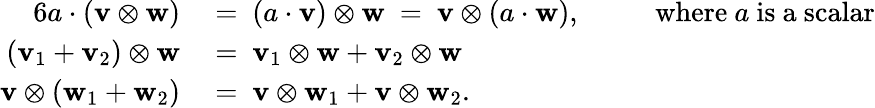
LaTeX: {\begin{array}{rlrl}{{6}a\cdot(\mathbf{v}\otimes\mathbf{w})~}&{=~(a\cdot\mathbf{v})\otimes\mathbf{w}~=~\mathbf{v}\otimes(a\cdot\mathbf{w}),}&&{~~{\mathrm{~where~}}a{\mathrm{~is~a~scalar}}}\\ {(\mathbf{v}_{1}+\mathbf{v}_{2})\otimes\mathbf{w}~}&{=~\mathbf{v}_{1}\otimes\mathbf{w}+\mathbf{v}_{2}\otimes\mathbf{w}}&&{}\\ {\mathbf{v}\otimes(\mathbf{w}_{1}+\mathbf{w}_{2})~}&{=~\mathbf{v}\otimes\mathbf{w}_{1}+\mathbf{v}\otimes\mathbf{w}_{2}.}&&{}\end{array}}